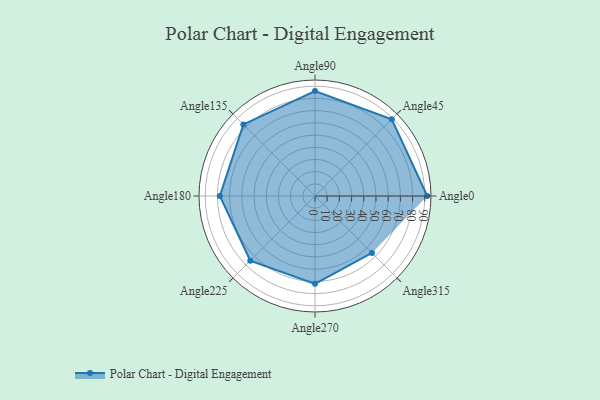
{"axis": {"x": "Angle", "y": "Radius"}, "legend": [""], "data": [{"x": "Angle0", "y": 92.0, "type": ""}, {"x": "Angle45", "y": 89.0, "type": ""}, {"x": "Angle90", "y": 86.0, "type": ""}, {"x": "Angle135", "y": 83.0, "type": ""}, {"x": "Angle180", "y": 78.0, "type": ""}, {"x": "Angle225", "y": 75.0, "type": ""}, {"x": "Angle270", "y": 72.0, "type": ""}, {"x": "Angle315", "y": 66.0, "type": ""}]}